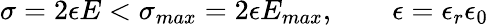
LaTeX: \sigma=2\epsilon E<\sigma_{max}=2\epsilon E_{max},\qquad\epsilon=\epsilon_{r}\epsilon_{0}